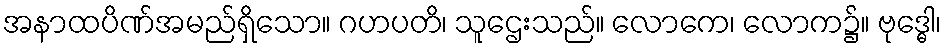
အနာထပိဏ်အမည်ရှိသော။ ဂဟပတိ၊ သူဌေးသည်။ လောကေ၊ လောက၌။ ဗုဒ္ဓေါ၊